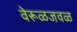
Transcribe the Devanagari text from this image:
वेरूळजवळ